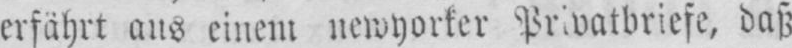
erfährt aus einem newyorker Privatbriefe, dass